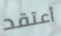
أعتقد